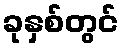
ခုနှစ်တွင်